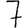
Digit: 7